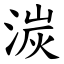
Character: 湠